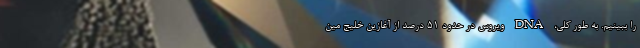
را ببینیم. به طور کلی، DNA ویروس در حدود ۵۱ درصد از آغازین خلیج مین